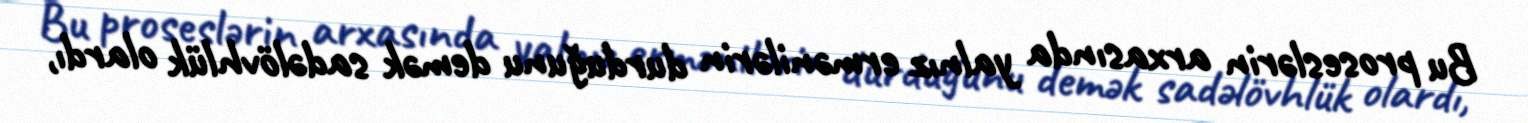
Bu proseslərin arxasında yalnız ermənilərin durduğunu demək sadəlövhlük olardı,